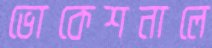
ভোকেশনালে